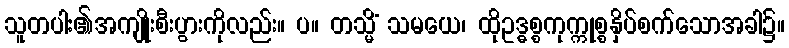
သူတပါး၏အကျိုးစီးပွားကိုလည်း။ ပ။ တသ္မိံ သမယေ၊ ထိုဥဒ္ဓစ္စကုက္ကုစ္စနှိပ်စက်သောအခါ၌။